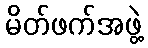
မိတ်ဖက်အဖွဲ့